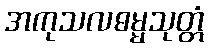
အကုသလဓမ္မသုတ္တံ